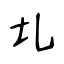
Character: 圠